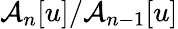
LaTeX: \mathcal{A}_{n}[u]/\mathcal{A}_{n-1}[u]